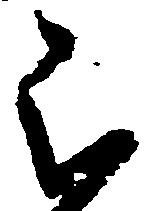
被